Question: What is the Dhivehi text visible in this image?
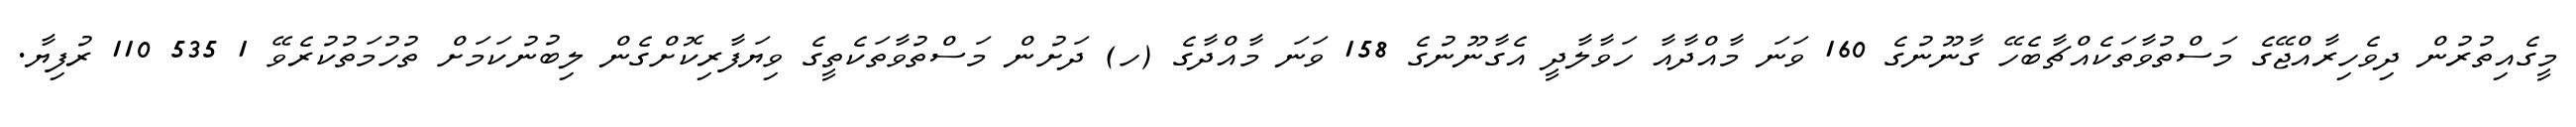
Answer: މީގެއިތުރުން ދިވެހިރާއްޖޭގެ މަސްތުވާތަކެއްޗާބެހޭ ގާނޫނުގެ 160 ވަނަ މާއްދާއާ ހަވާލާދީ އެގާނޫނުގެ 158 ވަނަ މާއްދާގެ (ހ) ދަށުން މަސްތުވާތަކެތީގެ ވިޔަފާރިކޮށްގެން ލިބުނުކަމަށް ތުހުމަތުކުރެވޭ 1 535 110 ރުފިޔާ.